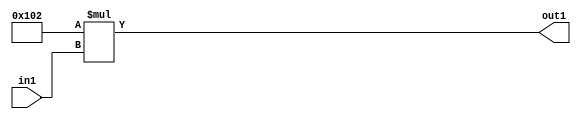
`timescale 1ps / 1ps
/*****************************************************************************
    Verilog RTL Description
    
    
    Created by: Stratus DpOpt 2019.1.01 
*******************************************************************************/

module DC_Filter_Mul2i258u2_4 (
	in1,
	out1
	); /* architecture "behavioural" */ 
input [1:0] in1;
output [10:0] out1;
wire [10:0] asc001;

assign asc001 = 
	+(11'B00100000010 * in1);

assign out1 = asc001;
endmodule

/* CADENCE  urn0SA4= : u9/ySgnWtBlWxVPRXgAZ4Og= ** DO NOT EDIT THIS LINE ******/